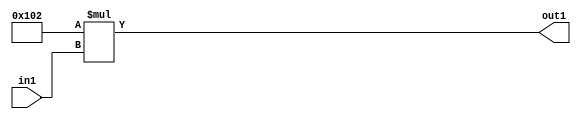
`timescale 1ps / 1ps
/*****************************************************************************
    Verilog RTL Description
    
    
    Created by: Stratus DpOpt 2019.1.01 
*******************************************************************************/

module DC_Filter_Mul2i258u2_4 (
	in1,
	out1
	); /* architecture "behavioural" */ 
input [1:0] in1;
output [10:0] out1;
wire [10:0] asc001;

assign asc001 = 
	+(11'B00100000010 * in1);

assign out1 = asc001;
endmodule

/* CADENCE  urn0SA4= : u9/ySgnWtBlWxVPRXgAZ4Og= ** DO NOT EDIT THIS LINE ******/